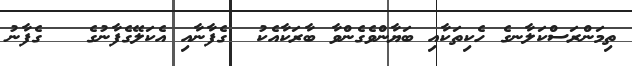
ތިމަންރަސްކަލާނގެ ހެކިތަކާއި ބަޔާންވެގެންވާ ބާރަކާއެކު  ގެފާނާއި އެކަލޭގެފާނުގެ   ގެފާނު